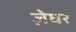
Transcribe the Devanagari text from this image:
ज़ेघर